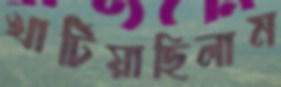
খাটিয়াছিলাম